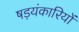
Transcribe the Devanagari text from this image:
षड़यंकारियों